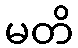
မတိ